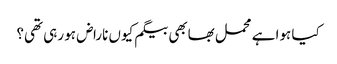
کیا ہوا ہے محمل بھابھی بیگم کیوں ناراض ہو رہی تھی؟